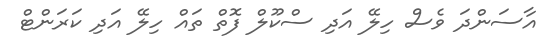
އާސަންދަ ވެސް ހިލޭ އަދި ސްކޫލް ފޮތް ތައް ހިލޭ އަދި ކަރަންޓް